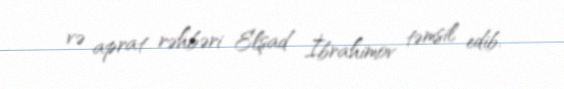
və aprat rəhbəri Elşad İbrahimov təmsil edib.